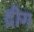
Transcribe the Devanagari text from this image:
द्रीग